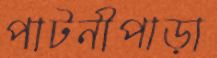
পাটনীপাড়া